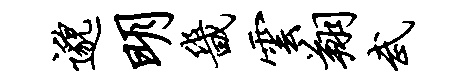
邈明畿云翔武